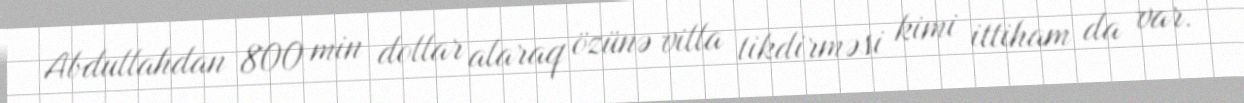
Abdullahdan 800 min dollar alaraq özünə villa tikdirməsi kimi ittiham da var.